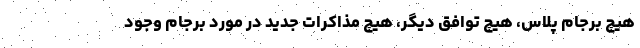
هیچ برجام پلاس، هیچ توافق دیگر، هیچ مذاکرات جدید در مورد برجام وجود